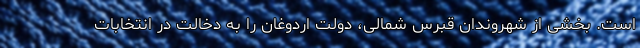
است. بخشی از شهروندان قبرس شمالی، دولت اردوغان را به دخالت در انتخابات